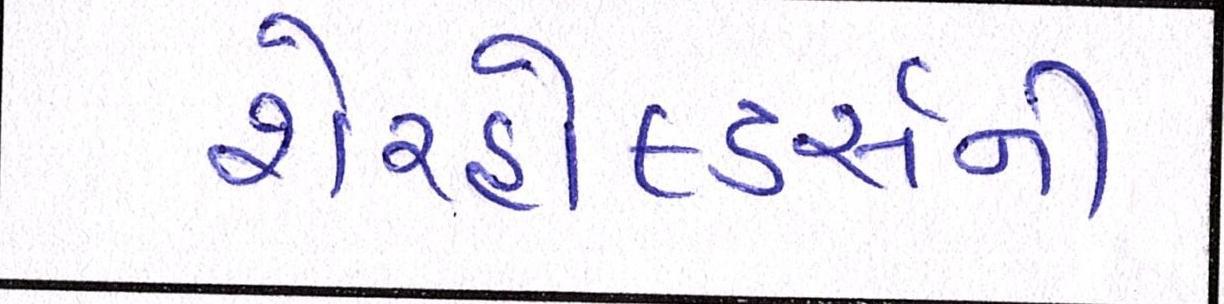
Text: શેરહોલ્ડર્સની